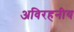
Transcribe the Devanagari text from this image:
अविरहनीय